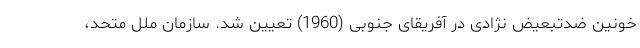
خونین ضدتبعیض نژادی در آفریقای جنوبی (1960) تعیین شد. سازمان ملل متحد،